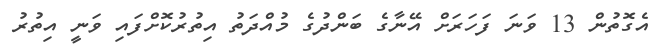
އެގޮތުން 13 ވަނަ ފަހަރަށް އޭނާގެ ބަންދުގެ މުއްދަތު އިތުރުކޮށްފައި ވަނީ އިތުރު